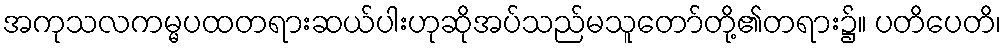
အကုသလကမ္မပထတရားဆယ်ပါးဟုဆိုအပ်သည်မသူတော်တို့၏တရား၌။ ပတိပေတိ၊